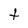
Character: t